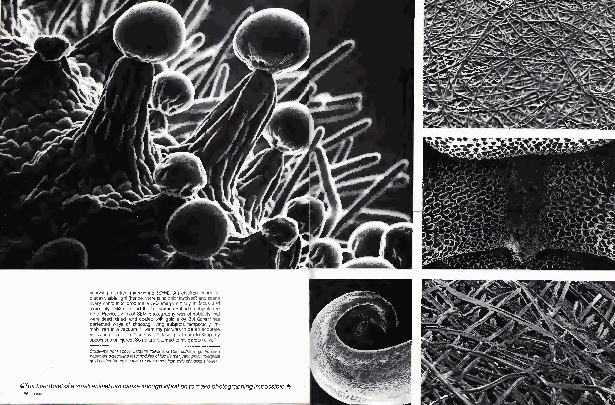
pe w mrss ia pl eonvl e pec i pc bea rra evr rirc e fn e ce e. lye en id sis ci di meP zc tbn e nr ev eo elg aei td nyn ds v ad sti i t, ie lb oo inwill uuu otee das ne ar nrc ll iyl i iyt nki svt oe,r jego fd ao . uh ,nt rcm o lp eI fuo i( n a dr fm ush e.no ,i t sme p "dd hc an . Sur oc Sr hotc ce oo e"E mI, toes tM i eac wsht nt aaao ah gt ye app ne ' srdh3re ts .ee lo- iwtbD m r( "vi i Ioe es iyS tng tic hEn tg urmaM ao p rag) a ku i nspoc. ecgs euo lh tee dbl d ugyA jo rrtSr en ee ea owc cn salit ah tl tmne ia oss tvl r yr y ocoee fll ac o tb g' Byv ft res e auer emt rdio s psn) a dn u tou S n eb ora bf cj nab jon h ake reced a cc aeicu ltr ca l ets is sf uym ps vc r ea ta ,h aa i mh "r nn tr amae ysde es-t-
 pC gal opo ledcr-k;cw oidasrteuegdf-rsfeo acm brriea ctb ;ionavge c;ruerLsvianen dtnoa pdn rua oltef ulsbo eworelarfnea cmenadlIers otmmae srm tiyjs luu ear on/ faac hpe il; baing st;co ullsdi-b/ec lro ogwaletaresds
 &Theheartbeatofasmallanimalcancauseenoughvibrationtomakephotographingimpossible.^
 86OMNI